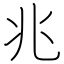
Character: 兆